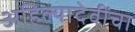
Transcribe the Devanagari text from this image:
अहिल्यादेवींचा